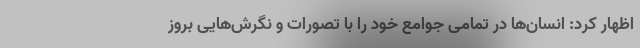
اظهار کرد: انسان‌ها در تمامی جوامع خود را با تصورات و نگرش‌هایی بروز